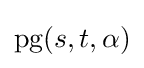
\mathrm {pg} (s,t,\alpha )